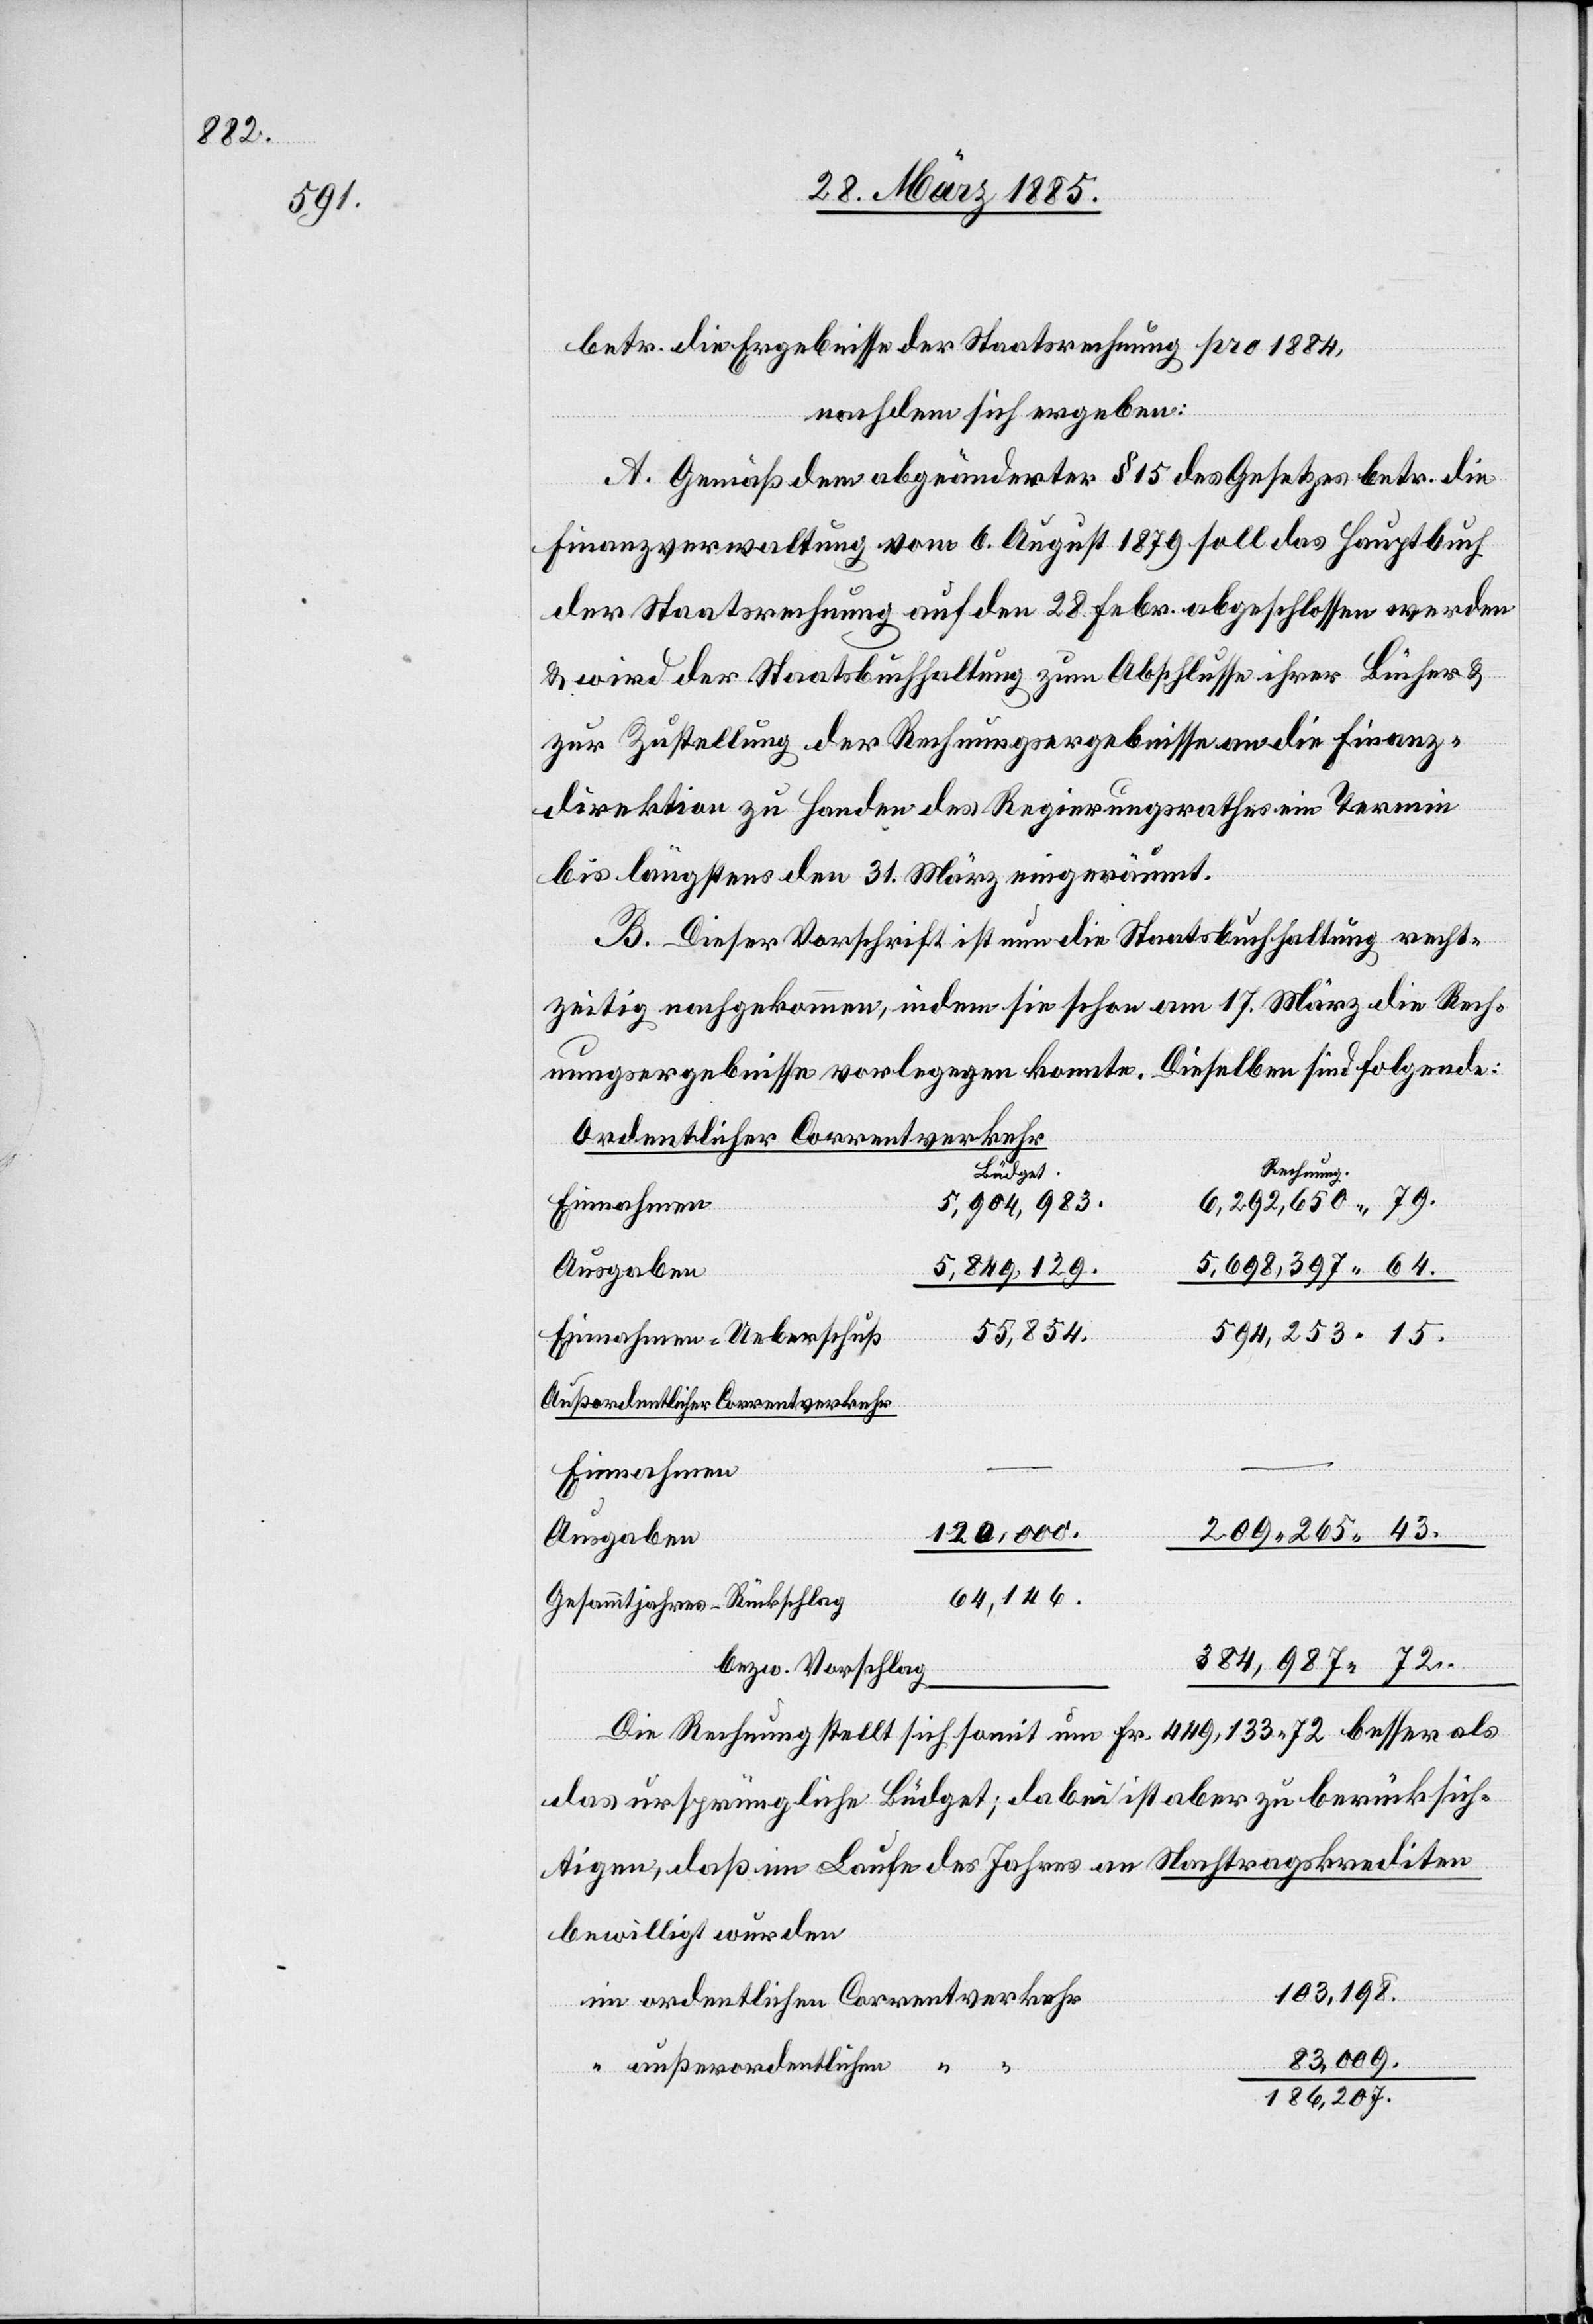
betr. die Ergebnisse der Staatsrechnung pro 1884,
nachdem sich ergeben:
A. Gemäß dem abgeänderter [sic!] § 15 des Gesetzes betr. die
Finanzverwaltung vom 6. August 1879 soll das Hauptbuch
der Staatsrechnung auf den 28. Febr. abgeschlossen werden
& wird der Staatsbuchhaltung zum Abschlusse ihrer Bücher &
zur Zustellung der Rechnungsergebnisse an die Finanz¬
direktion zu Handen des Regierungsrathes ein Termin
bis längstens den 31. März eingeräumt.
B. Dieser Vorschrift ist nun die Staatsbuchhaltung recht¬
zeitig nachgekommen, indem sie schon am 17. März die Rech¬
nungsergebnisse vorlegegen [sic!] konnte. Dieselben sind folgende:
Ordentlicher Correntverkehr
Rechnung.
Büdget.
5,904,983.
Einnahmen
6,292,650 79.
5,698,397 64.
5,849,129.
Ausgaben
55,854.
Einnahmen-Ueberschuß
594,253 15.
außerordentlichen [Correntverkehr]
209,265 43.
120,000.
64,146.
Gesammtjahres-Rückschlag
384,987 72.
bezw. Vorschlag
Die Rechnung stellt sich somit um Fr. 449,133 72 besser als
das ursprüngliche Büdget; dabei ist aber zu berücksich¬
tigen, daß im Laufe des Jahres an Nachtragskrediten
bewilligt wurden
103,198.
im ordentlichen Correntverkehr
83,009.
186,207.